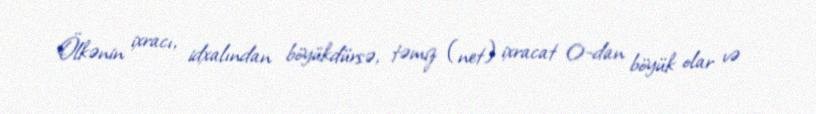
Ölkənin ixracı, idxalından böyükdürsə, təmiz (net) ixracat 0-dan böyük olar və